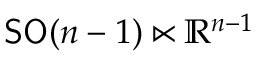
{ \mathsf { S } } { \mathsf { O } } ( n - 1 ) \ltimes \mathbb { R } ^ { n - 1 }